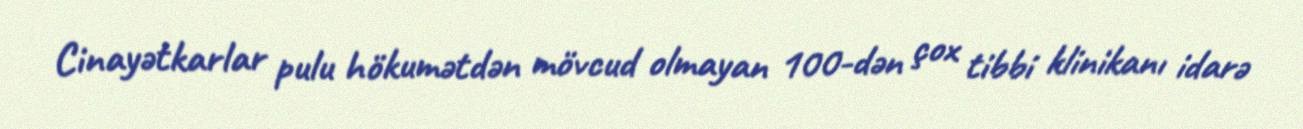
Cinayətkarlar pulu hökumətdən mövcud olmayan 100-dən çox tibbi klinikanı idarə